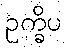
ဥက္ခိပ